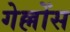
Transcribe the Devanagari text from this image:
गेल्लोंस